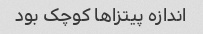
اندازه پیتزاها کوچک بود